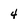
Character: 4